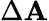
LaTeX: \Delta\mathbf{A}